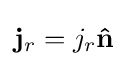
\mathbf {j} _{r}=j_{r}\mathbf {\hat {n}}